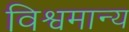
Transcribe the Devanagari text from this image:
विश्वमान्य